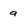
Character: a